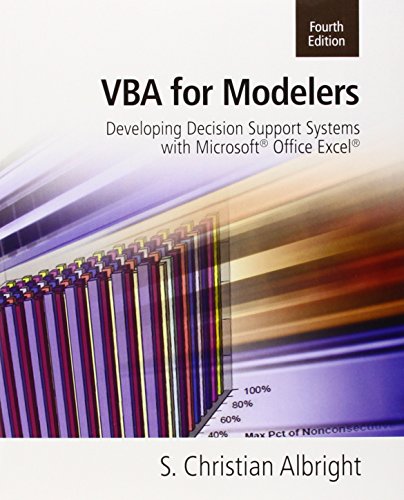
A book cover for VBA for Modelers: Developing Decision Support Systems (with Microsoft Office Excel Printed Access Card); S. Christian Albright; Computers & Technology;